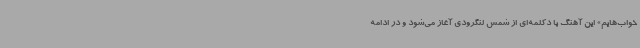
خواب‌هایم» این آهنگ با دکلمه‌ای از شمس لنگرودی آغاز می‌شود و در ادامه